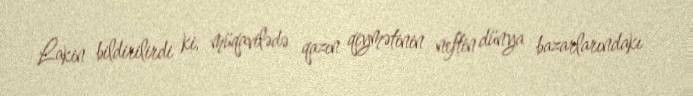
Lakin bildirilirdi ki, müqavilədə qazın qiymətinin neftin dünya bazarlarındakı